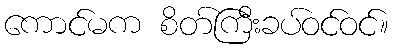
ကောင်မက စိတ်ကြီးခပ်ဝင်ဝင်။